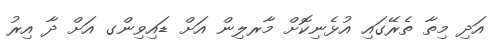
އަދި މިތާ ތެރޭގައި އުޅެނިކޮށް މާރލިން އަށް ޑައިވިންގ އަށް ދާ އިރު